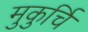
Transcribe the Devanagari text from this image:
मुकुर्चि